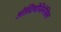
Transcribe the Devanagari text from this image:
ओस्टियोजिनेसिस